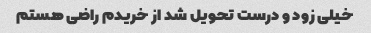
خیلی زود و درست تحویل شد از خریدم راضی هستم